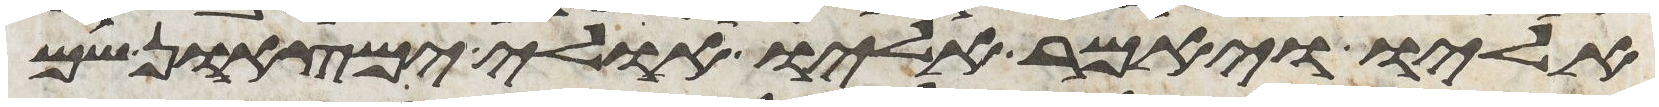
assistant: אליו ויאמר אליו אולי ימצאון שם